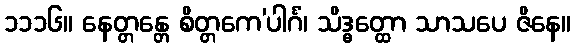
၁၁၁၆။ နေတ္တန္တေ စိတ္တကေ’ပါင်္ဂံ၊ သိဒ္ဓတ္ထော သာသပေ ဇိနေ။